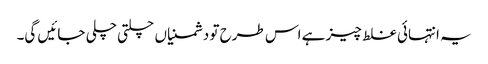
یہ انتہائی غلط چیز ہے اس طرح تو دشمنیاں چلتی چلی جائیں گی۔